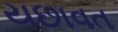
યછાવત